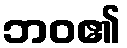
ဘဝ၏